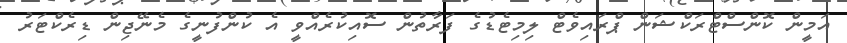
އަމީން ކޮންސްޓްރަކްޝަން ޕްރައިވެޓް ލިމިޓެޑުގެ ފަރާތުން ސޮއިކުރެއްވީ އެ ކުންފުނީގެ މެނޭޖިން ޑިރެކްޓަރު